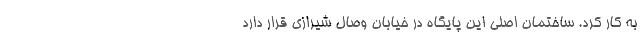
به کار کرد. ساختمان اصلی این پایگاه در خیابان وصال شیرازی قرار دارد